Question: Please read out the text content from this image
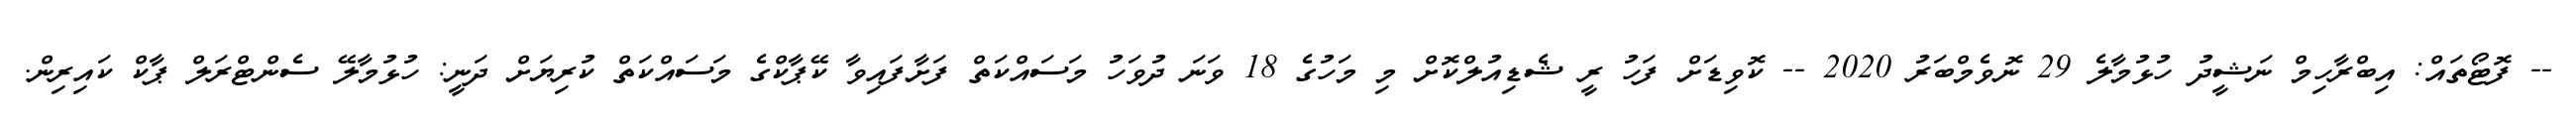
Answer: -- ފޮޓޯތައް: އިބްރާހިމް ނަޝީދު ހުޅުމާލެ 29 ނޮވެމްބަރު 2020 -- ކޮވިޑަށް ފަހު ރީ ޝެޑިއުލްކޮށް މި މަހުގެ 18 ވަނަ ދުވަހު މަސައްކަތް ފަށާފައިވާ ކޭޕާކްގެ މަސައްކަތް ކުރިޔަށް ދަނީ: ހުޅުމާލޭ ސެންޓްރަލް ޕާކް ކައިރިން.